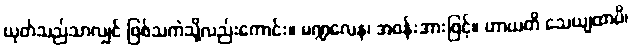
ယုတ်သည်သာလျှင် ဖြစ်သကဲသို့လည်းကောင်း။ မဏ္ဍလေန၊ အဝန်းအားဖြင့်။ ဟာယတိ သေယျထာပိ၊